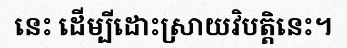
នេះ ដើម្បីដោះស្រាយវិបត្តិនេះ។